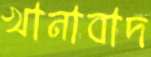
খানাবাদ